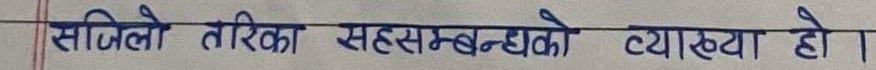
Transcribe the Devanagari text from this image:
सजिलो तरिका सहसम्बन्धको व्याख्या हो।